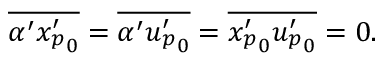
\begin{array} { r } { \overline { { \alpha ^ { \prime } { x _ { p } ^ { \prime } } _ { 0 } } } = \overline { { \alpha ^ { \prime } { u _ { p } ^ { \prime } } _ { 0 } } } = \overline { { { x _ { p } ^ { \prime } } _ { 0 } { u _ { p } ^ { \prime } } _ { 0 } } } = 0 . } \end{array}